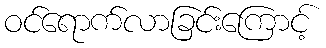
ဝင်ရောက်လာခြင်းကြောင့်